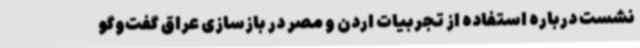
نشست درباره استفاده از تجربیات اردن و مصر در بازسازی عراق گفت‌وگو